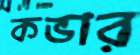
কভার